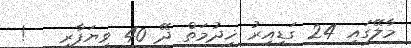
މާލޭގައި 24 ގަޑިއިރު ޚިދުމަތް ދޭ 40 ވިޔަފާރި   !